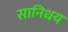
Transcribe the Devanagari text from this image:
सानिधय